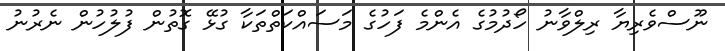
ނޫސްވެރިޔާ ރިލްވާނު ހޯދުމުގެ އެންމެ ފަހުގެ މަސައްކަތްތަކާ ގުޅޭ ގޮތުން ފުލުހުން ނެރުނު